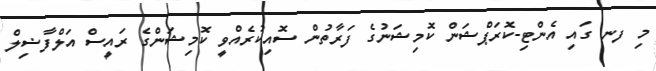
މި ފނ ގައި އެންޓި-ކޮރަޕްޝަން ކޮމިޝަނުގެ ފަރާތުން ސޮއިކުރެއްވީ ކޮމިޝަންގެ ރައީސް އަލްފާޟިލް